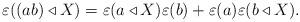
LaTeX: \begin{align*}\varepsilon((a b) \triangleleft X) = \varepsilon(a \triangleleft X) \varepsilon(b) + \varepsilon(a) \varepsilon(b \triangleleft X).\end{align*}